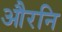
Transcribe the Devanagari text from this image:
औरनि